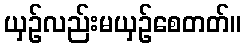
ယှဉ်လည်းမယှဉ်စေတတ်။